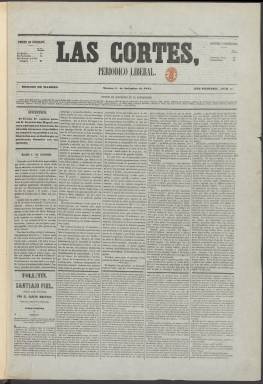
Título: Las Cortes (Madrid)
Colección: Periódicos
Ámbito geográfico: Madrid
Lugar de publicación: Madrid
Fechas: 01/09/1854-14/11/1857